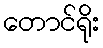
တောင်ရိုး